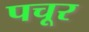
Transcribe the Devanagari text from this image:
पचूर